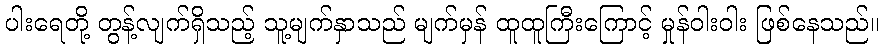
ပါးရေတို့ တွန့်လျက်ရှိသည့် သူ့မျက်နှာသည် မျက်မှန် ထူထူကြီးကြောင့် မှုန်ဝါးဝါး ဖြစ်နေသည်။